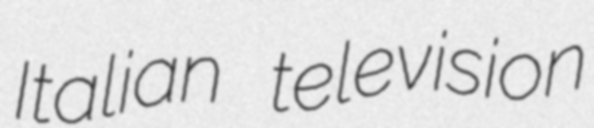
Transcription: Italian television